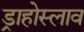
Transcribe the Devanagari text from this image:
ड्राहोस्लाव